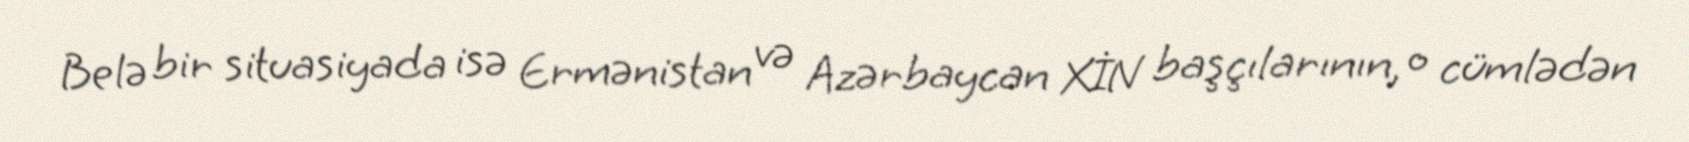
Belə bir situasiyada isə Ermənistan və Azərbaycan XİN başçılarının, o cümlədən